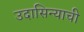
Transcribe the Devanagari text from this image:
उदासिन्याची